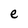
Character: e